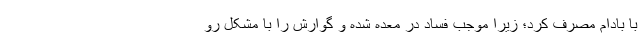
با بادام مصرف کرد؛ زیرا موجب فساد در معده شده و گوارش را با مشکل رو